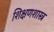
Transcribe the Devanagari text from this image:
शिक्षणशास्‍त्र